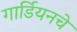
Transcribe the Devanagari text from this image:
गार्डियनचे